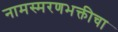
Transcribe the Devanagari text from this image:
नामस्मरणभक्तीचा